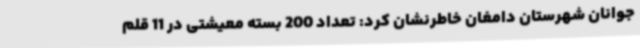
جوانان شهرستان دامغان خاطرنشان کرد: تعداد 200 بسته معیشتی در 11 قلم